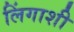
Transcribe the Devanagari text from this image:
लिंगाशी